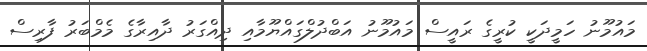
މައުމޫނު ހަމީދަކީ ކުރީގެ ރައީސް މައުމޫނު އަބްދުލްގައްޔޫމާއި ދިއްގަރު ދާއިރާގެ މެމްބަރު ފާރިސް